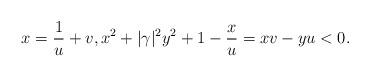
LaTeX: \begin{align*}x=\frac{1}{u}+v,x^2+|\gamma|^2y^2+1-\frac{x}{u}=xv-yu<0.\end{align*}